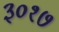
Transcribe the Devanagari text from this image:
३०१७